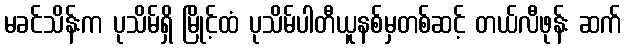
မခင်သိန်းက ပုသိမ်ရှိ မြိုင့်ထံ ပုသိမ်ပါတီယူနစ်မှတစ်ဆင့် တယ်လီဖုန်း ဆက်